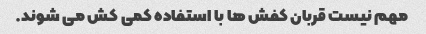
مهم نیست قربان کفش ها با استفاده کمی کش می شوند.